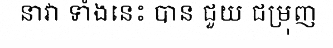
នាវា ទាំងនេះ បាន ជួយ ជម្រុញ